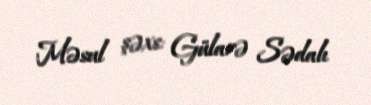
Məsul şəxs: Gülarə Sədalı